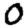
Digit: 0